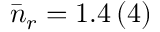
\bar { n } _ { r } = 1 . 4 \, ( 4 )